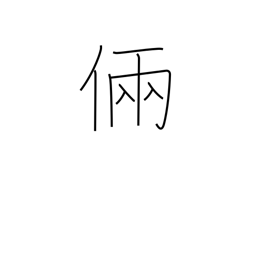
Meaning: skill